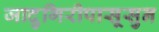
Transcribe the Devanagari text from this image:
जादुगिरीपासूसुन